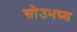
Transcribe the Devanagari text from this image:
सोउभघ्य